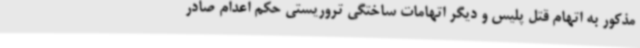
مذکور به اتهام قتل پلیس و دیگر اتهامات ساختگی تروریستی حکم اعدام صادر